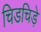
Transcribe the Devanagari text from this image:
चिडचिड़े